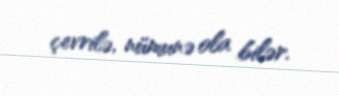
çevrilə, nümunə ola bilər.